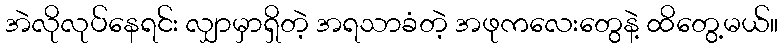
အဲလိုလုပ်နေရင်း လျှာမှာရှိတဲ့ အရသာခံတဲ့ အဖုကလေးတွေနဲ့ ထိတွေ့မယ်။